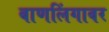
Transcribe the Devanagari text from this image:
बाणलिंगावर